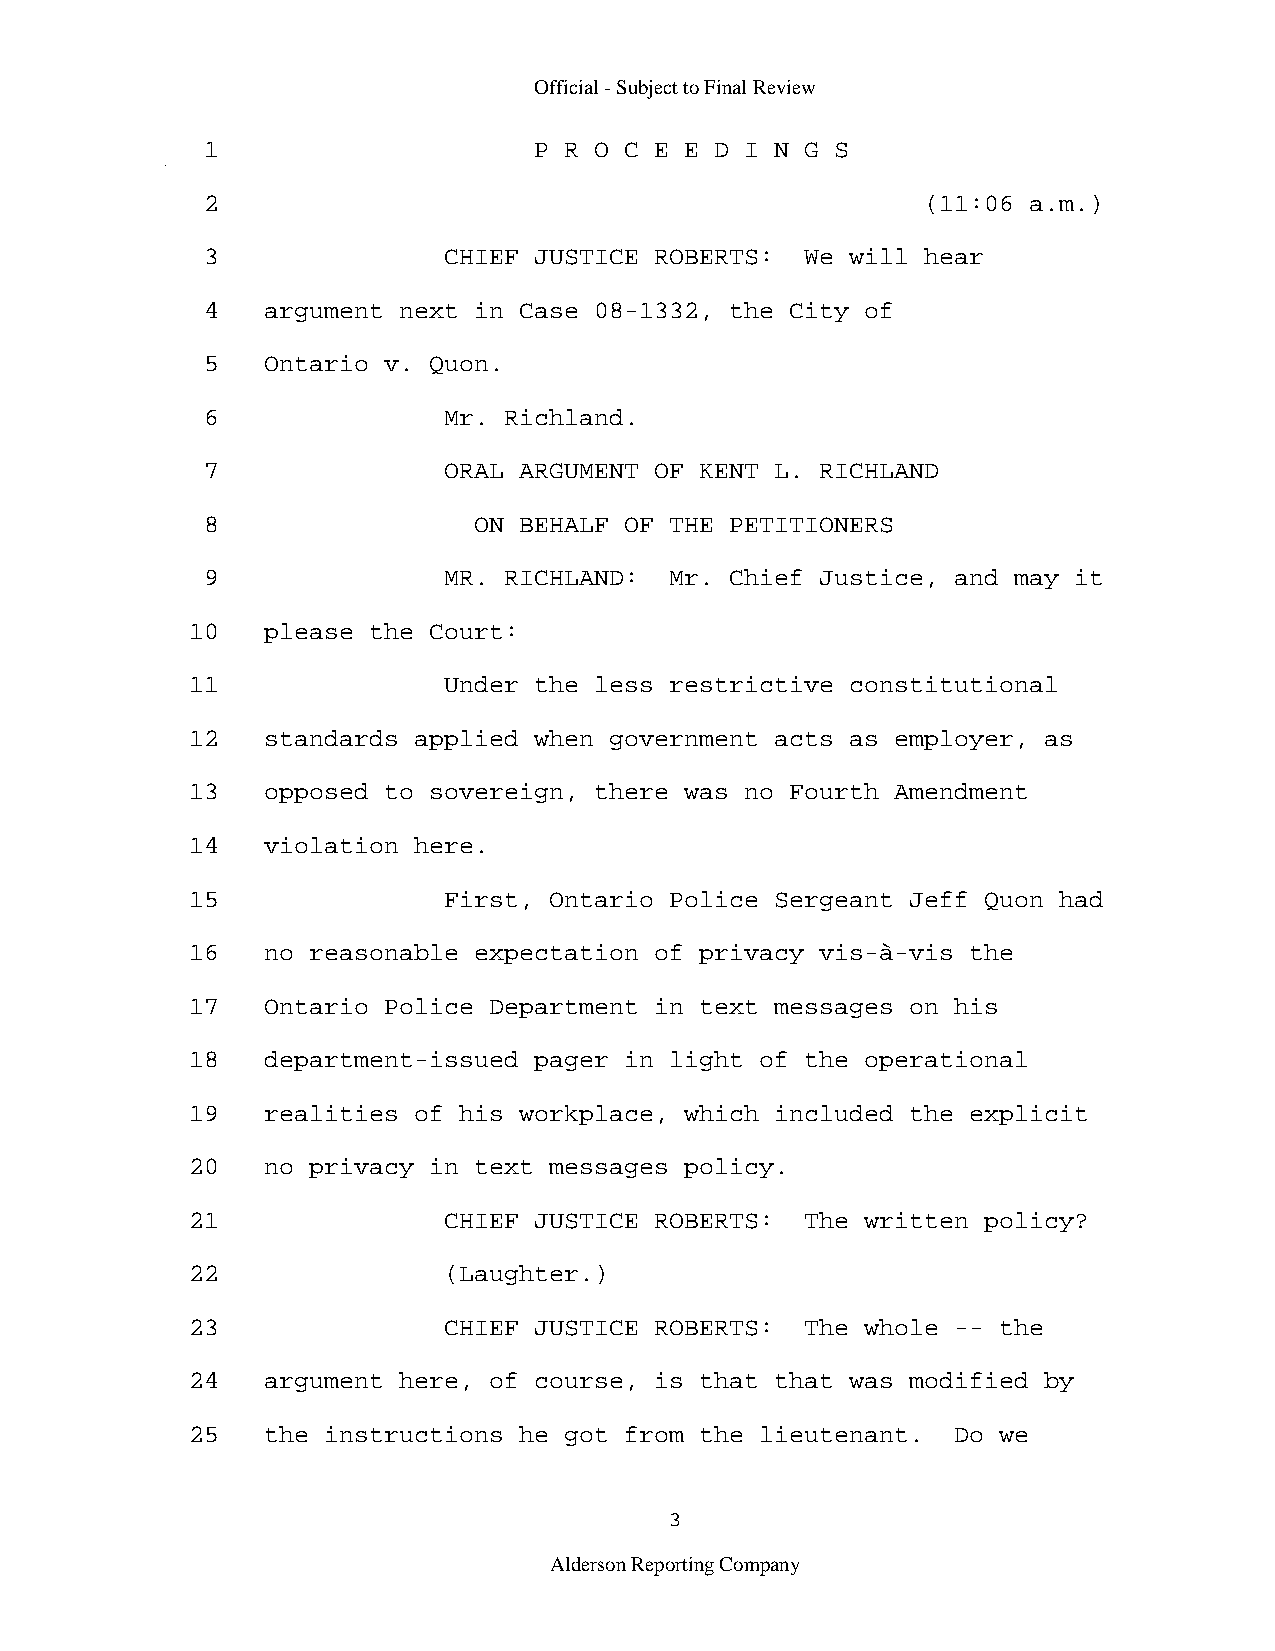
Official - Subject to Final Review
 1                     P R O C E E D I N G S
 2                                               (11:06 a.m.)
 3               CHIEF JUSTICE ROBERTS:  We will hear
 4   argument next in Case 08-1332, the City of
 5   Ontario v. Quon.
 6               Mr. Richland.
 7               ORAL ARGUMENT OF KENT L. RICHLAND
 8                 ON BEHALF OF THE PETITIONERS
 9               MR. RICHLAND:  Mr. Chief Justice, and may it
 10   please the Court:
 11               Under the less restrictive constitutional
 12   standards applied when government acts as employer, as
 13   opposed to sovereign, there was no Fourth Amendment
 14   violation here.
 15               First, Ontario Police Sergeant Jeff Quon had
 16   no reasonable expectation of privacy vis-à-vis the
 17   Ontario Police Department in text messages on his
 18   department-issued pager in light of the operational
 19   realities of his workplace, which included the explicit
 20   no privacy in text messages policy.
 21               CHIEF JUSTICE ROBERTS:  The written policy?
 22               (Laughter.)
 23               CHIEF JUSTICE ROBERTS:  The whole -- the
 24   argument here, of course, is that that was modified by
 25   the instructions he got from the lieutenant.  Do we
 3
 Alderson Reporting Company